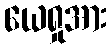
ယေရှုအား